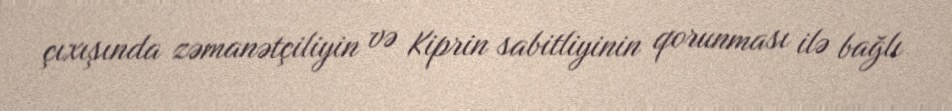
çıxışında zəmanətçiliyin və Kiprin sabitliyinin qorunması ilə bağlı